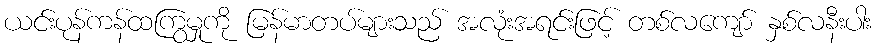
ယင်းပုန်ကန်ထကြွမှုကို မြန်မာတပ်များသည် အလုံးအရင်းဖြင့် တစ်လကျော် နှစ်လနီးပါး